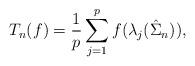
LaTeX: \begin{align*} T_n(f) = \frac{1}{p}\sum_{j=1}^p f(\lambda_j(\hat\Sigma_n)),\end{align*}